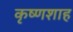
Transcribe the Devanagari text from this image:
कृष्णशाह